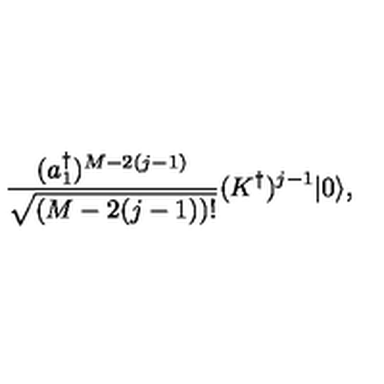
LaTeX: { \frac { ( a _ { 1 } ^ { \dagger } ) ^ { M - 2 ( j - 1 ) } } { \sqrt { ( M - 2 ( j - 1 ) ) ! } } } ( K ^ { \dagger } ) ^ { j - 1 } | 0 \rangle ,